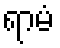
ရာမံ